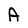
Character: A